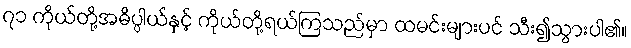
၇၁ ကိုယ်တို့အဓိပ္ပါယ်နှင့် ကိုယ်တို့ရယ်ကြသည်မှာ ထမင်းများပင် သီး၍သွားပါ၏။